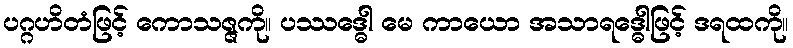
ပဂ္ဂဟိတံဖြင့် ကောသဇ္ဇကို။ ပဿဒ္ဓေါ မေ ကာယော အသာရဒ္ဓေါဖြင့် ဒရထကို။